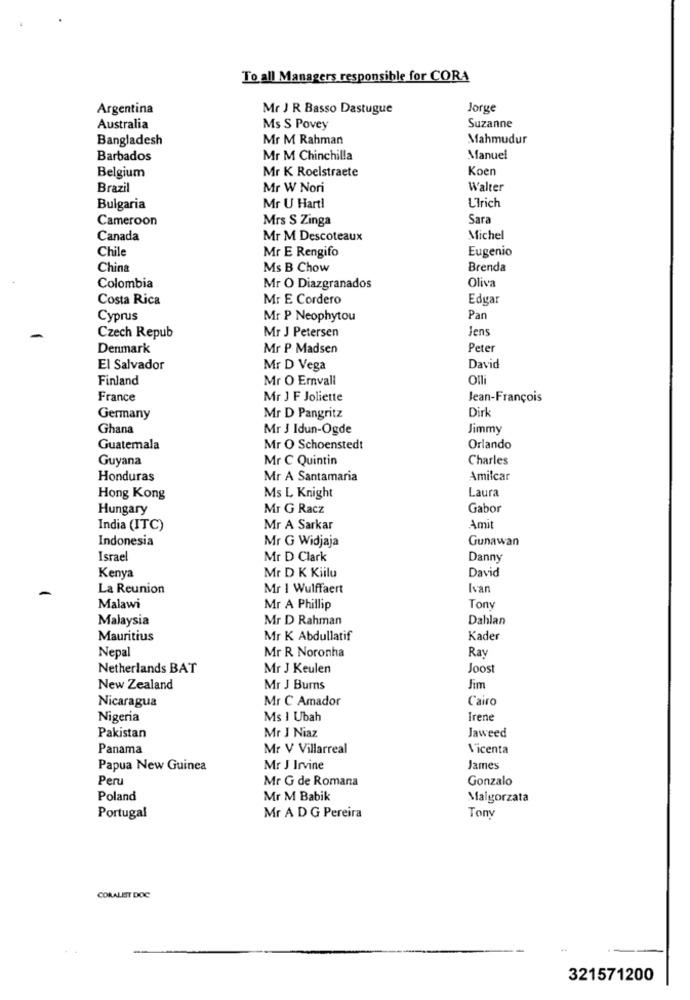
To all Managers responsible for CORA
Argentina
Mr J R Basso Dastugue
Jorge
Australia
Ms S Povey
Suzanne
Bangladesh
Mr M Rahman
Mahmudur
Barbados
Mr M Chinchilla
Manuel
Belgium
Mr K Roelstraete
Koen
Brazil
Mr W Nori
Walter
LIrich
Bulgaria
Mr U Hart!
Cameroon
Mrs S Zinga
Sara
Canada
Mr M Descoteaux
Michel
Chile
Eugenio
Mr E Rengifo
China
Ms B Chow
Brenda
Oliva
Colombia
Mr O Diazgranados
Costa Rica
Mr E Cordero
Edgar
Cyprus
Mr P Neophytou
Pan
Jens
Czech Repub
Mr J Petersen
Denmark
Mr P Madsen
Peter
El Salvador
Mr D Vega
David
Finland
Mr O Emvall
Olli
France
Mr J F Joliette
Jean-François
Dirk
Germany
Mr D Pangritz
Ghana
Mr J Idun-Ogde
Jimmy
Guatemala
Mr O Schoenstedt
Orlando
Guyana
Mr C Quintin
Charles
Honduras
Mr A Santamaria
Amilcar
Laura
Hong Kong
Ms L Knight
Hungary
Mr G Racz
Gabor
India (ITC)
Mr A Sarkar
Amit
Indonesia
Mr G Widjaja
Gunawan
Israel
Mr D Clark
Danny
Kenya
Mr D K Kiilu
David
La Reunion
Mr | Wulffaert
Ivan
Malawi
Mr A Phillip
Tony
Malaysia
Mr D Rahman
Dahlan
Mauritius
Mr K Abdullatif
Kader
Nepal
Mr R Noronha
Ray
Netherlands BAT
Mr J Keulen
Joost
New Zealand
Mr J Burns
Jim
Nicaragua
Mr C Amador
Cairo
Nigeria
Ms I Ubah
Irene
Mr J Niaz
Jaweed
Pakistan
Panama
Mr V Villarreal
Vicenta
Papua New Guinea
Mr J Irvine
James
Peru
Mr G de Romana
Gonzalo
Poland
Mr M Babik
Malgorzata
Portugal
Mr A D G Pereira
Tony
CORALEST DOC
321571200